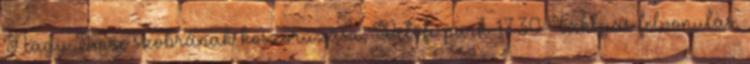
Nagy Imre szobrának koszorúzása, Petőfi park 17.30 Fáklyás felvonulás.